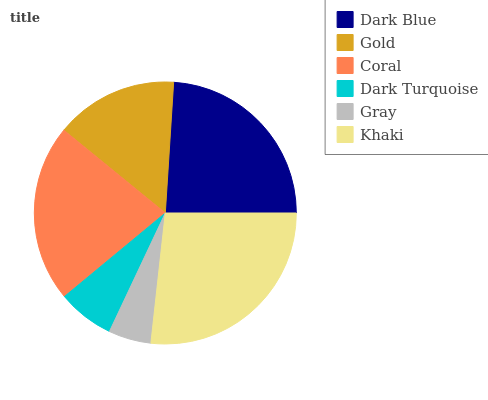
| Dark Blue | Gold | Coral | Dark Turquoise | Gray | Khaki |
 | --- | --- | --- | --- | --- | --- |
 | 24% | 15.1% | 21.9% | 6.98% | 5.25% | 26.7% |